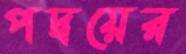
পদ্বয়ের